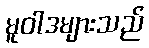
မူဝါဒများသည်